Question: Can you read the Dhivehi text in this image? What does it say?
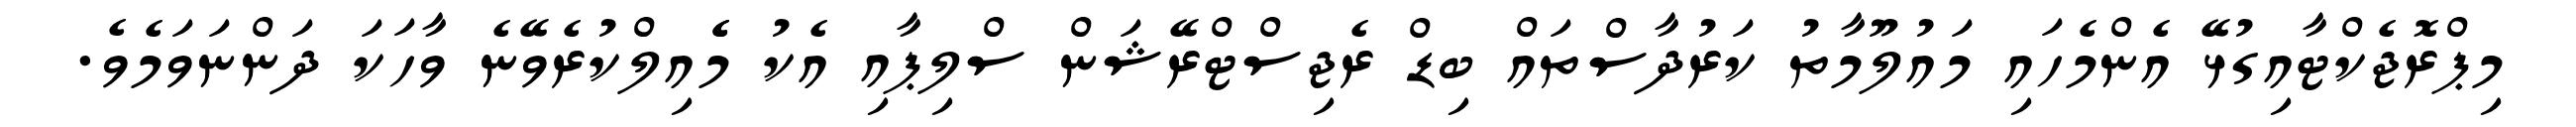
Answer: މިޕްރޮޖެކްޓާއިގުޅޭ އެންމެހައި މައުލޫމާތު ކަރުދާސްތައް ބިޑް ރެޖިސްޓްރޭޝަން ސްލިޕާއި އެކު މެެއިލްކުރެވޭނެ ވާހަކަ ދަންނަވަމެވެ.